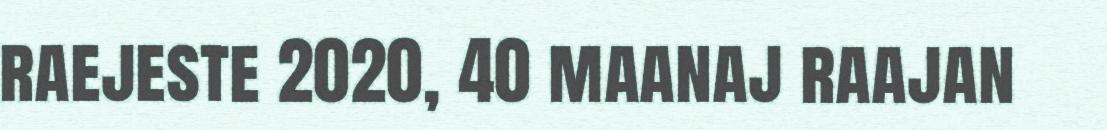
raejeste 2020, 40 maanaj raajan